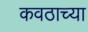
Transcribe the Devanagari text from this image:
कवठाच्या